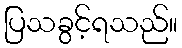
ပြသခွင့်ရသည်။